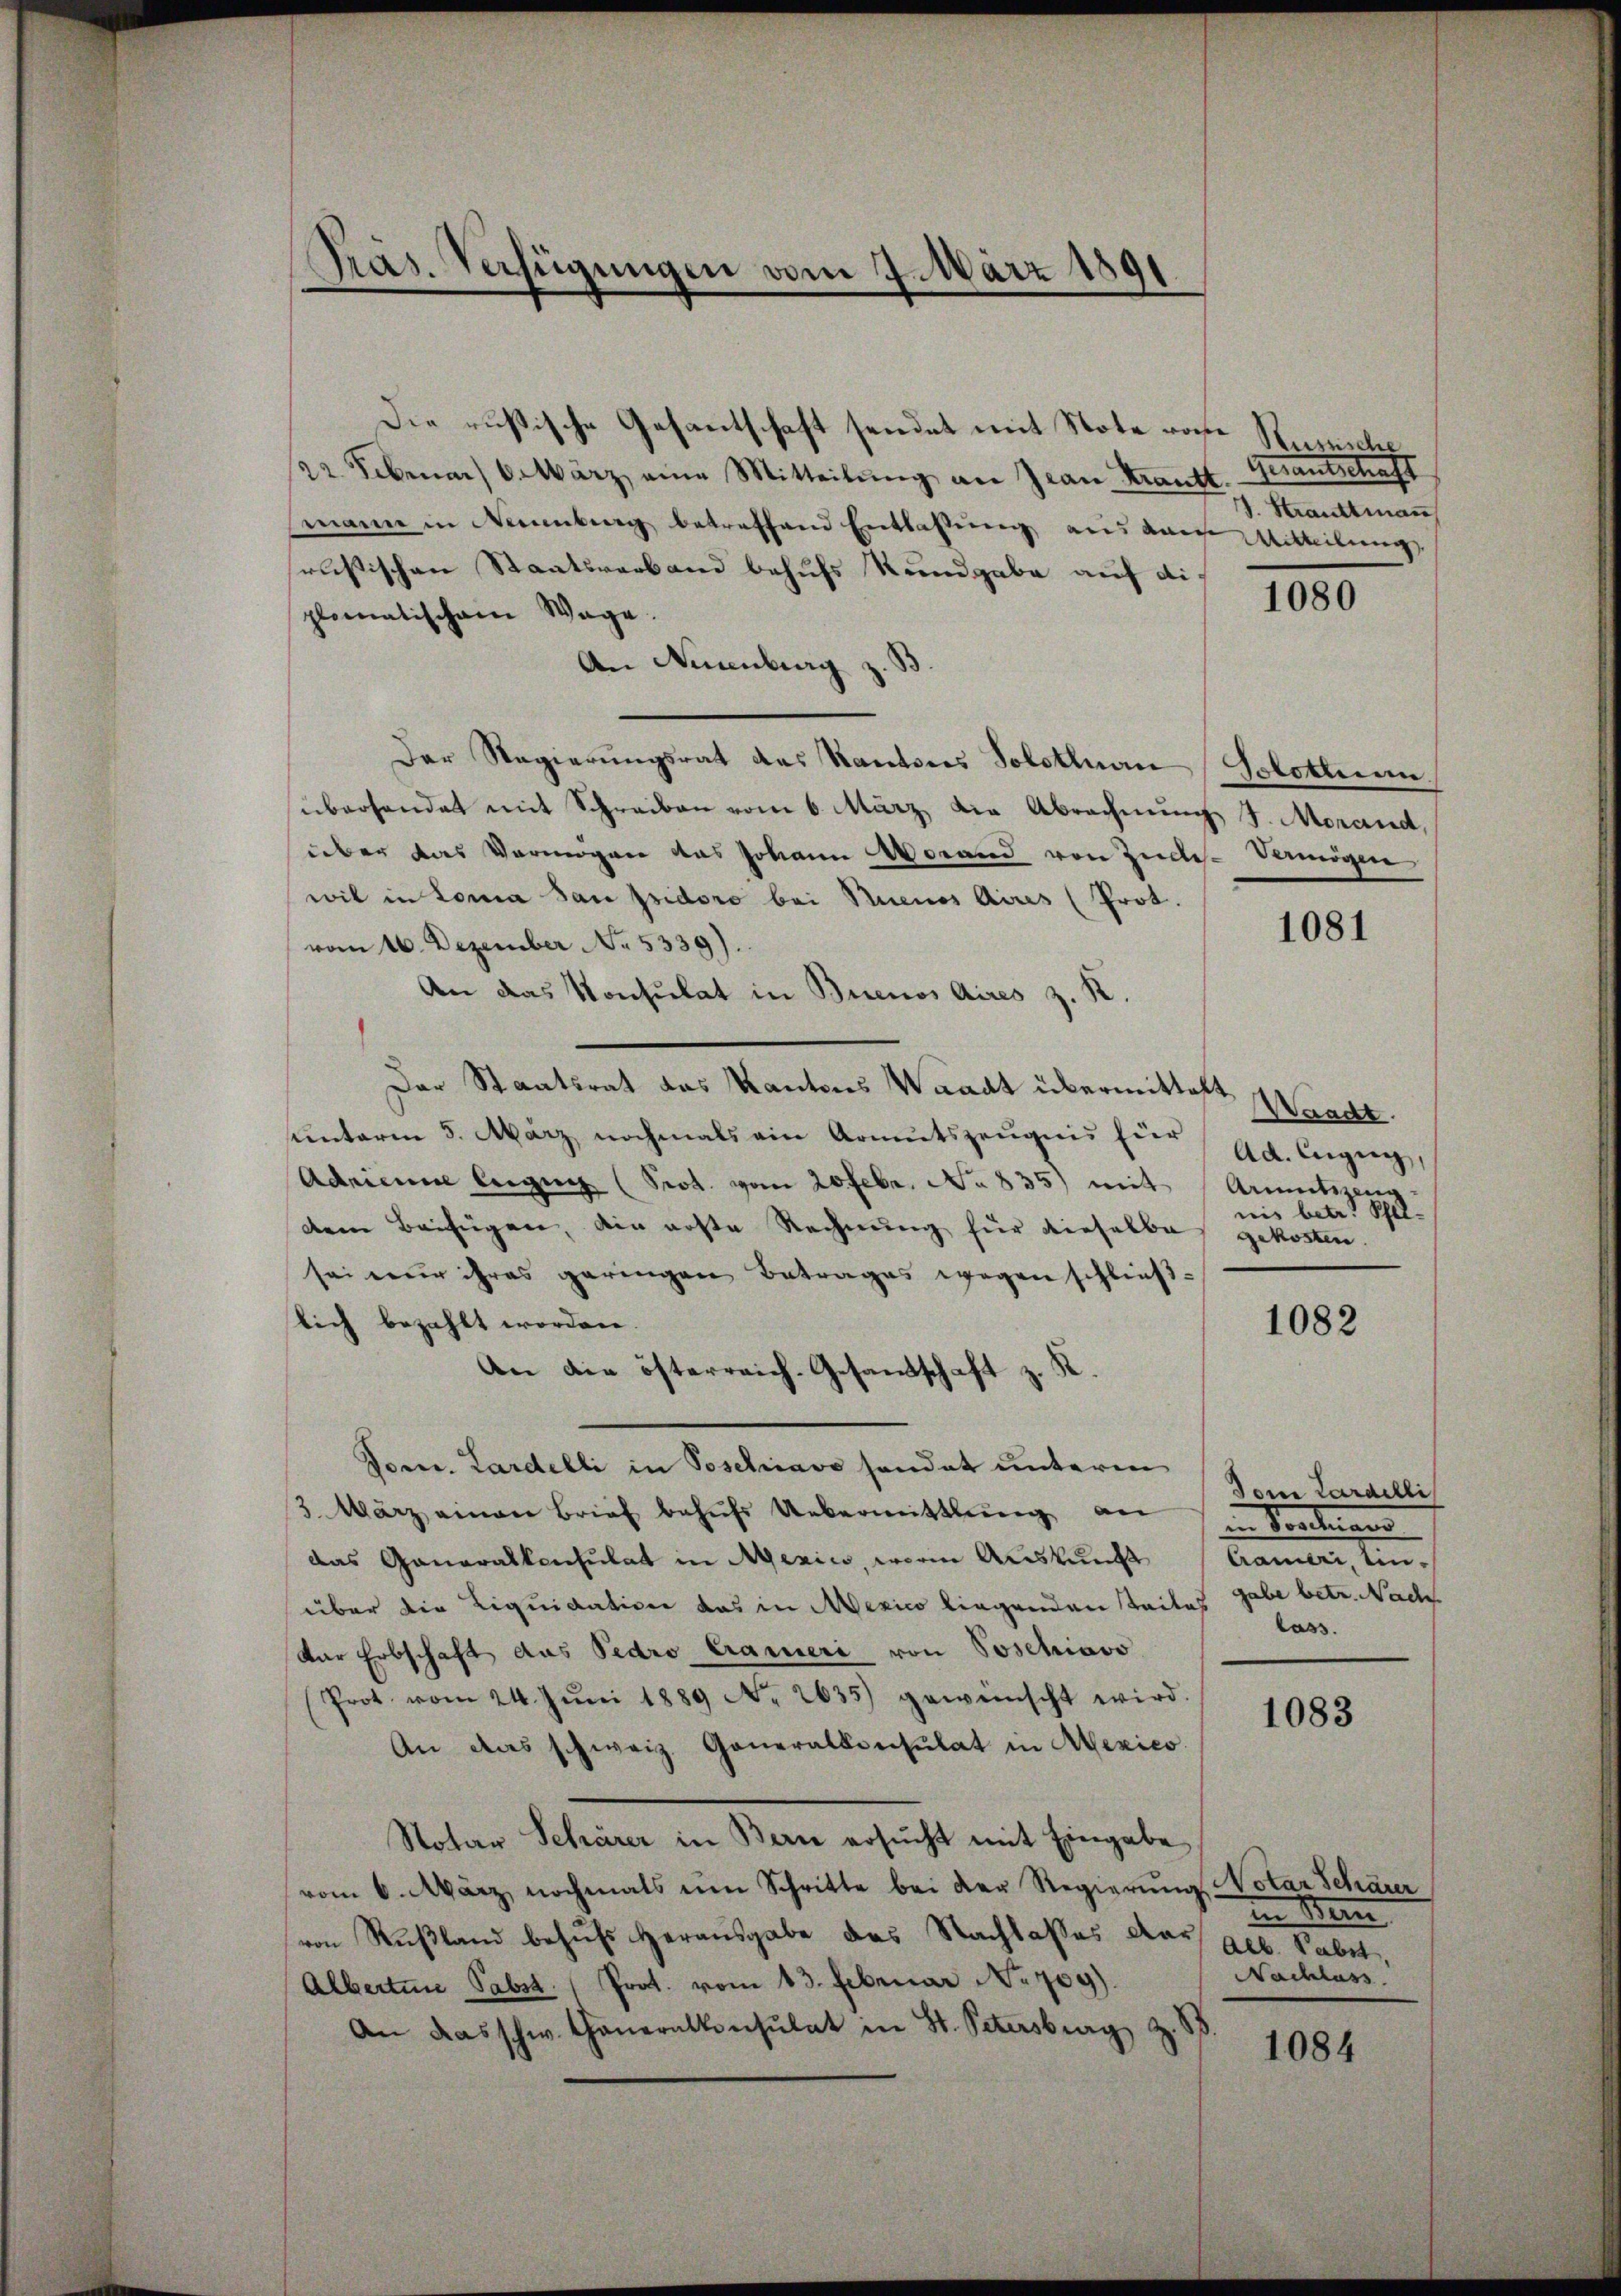
Präs. Verfügungen vom 7. März 1891

Die rusische Gesantschaft sendet mit Note von
22. Februar 6. März eine Mitteilung an Jean Krante.
mann in Neuenburg betreffend Entlassung aus durch Mitteilung
seusischen Staatsverband behufs Kundgabe auf diplomatischem Wege.
An Neuenburg z. B.
Der Regierŭngsrat des Kantons Solothuan Solottinn
überhandet mit Schreiben vom 6. März die Abrechnung d. Morand,
über das Vermögen das Johann Vorand von Zude-Vermögen
wil in Loma dan psidoro bei Buenos Aires (Prot.
vom 16. Dezember No. 5339).
An das Konsulat in Buenos Aires z. R.
Der Staatsrat des Kantons Waadt übermittelt Waadt.
ŭnterm 5. März nochmals ein Armutszeŭgnis für Ad. Engien,
Adrianne legen (Prot. vom 20 Febr. No 835) mit Armutszeug-
dem Beifügen, die erste Rechnung für dieselbe gekosten.
sei wir ihres geringen Betrages wegen schließlich bezahlt worden.
1082
An die österreich-Gesandschaft z. R.
Vomn. Lardelli in Poschiave sandat unterm
Vom Lardelli
3. März einen Brief behŭfs Uebermittlung an in Sonder
das Generalkonsulat in Merin, worin Auskunft Camer, Einüber die Liquidation das in Mexico liegenden Teiles gabe betr. Nach
lass
Dar Erbschaft das Pedro Crameri von Soschiavo
Prot. vom 24. Jŭni 1889 No 2635) gewünscht wird.
1083
An das schweiz. Generalkonsulat in Mexico
Notar Schärer in Bern ersŭcht mit Eingabe
vom 6. März nochmals im Schritte bei der Regierŭng Notar Schärer
in Mein
von Rußland behufs Herausgabe des Nachlasses dar geb. Sabet,
Nachlass
Alberten Pabst. Prot. vom 13. Februar No 709).
An das schw. Generalkonsulat in St. Petersburg z. 18
1084

Russische
Gnantschaft
J. Strauttman

1080

1081

nis betr. Pfel-